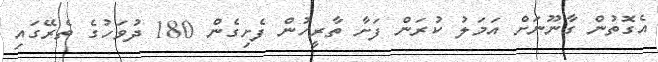
އެގޮތުން ގާނޫނަށް އަމަލު ކުރަން ފަށާ ތާރީހުން ފެށިގެން 180 ދުވަހުގެ ތެރޭގައި